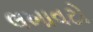
લખાવટો